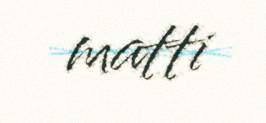
matti